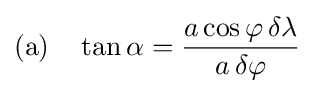
{\text{(a)}}\quad \tan \alpha ={\frac {a\cos \varphi \,\delta \lambda }{a\,\delta \varphi }}